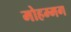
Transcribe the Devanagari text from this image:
मोहम्मग